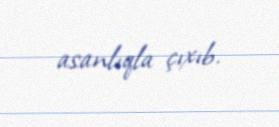
asanlıqla çıxıb.